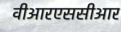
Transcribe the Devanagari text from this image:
वीआरएससीआर